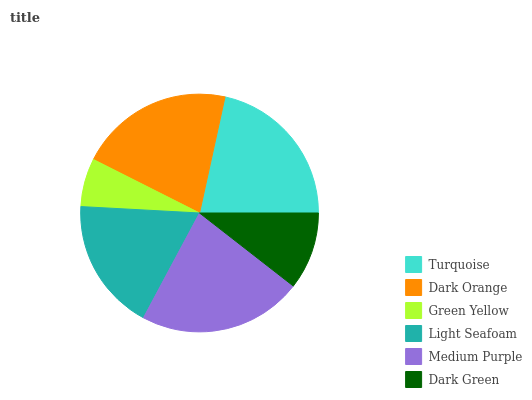
| Turquoise | Dark Orange | Green Yellow | Light Seafoam | Medium Purple | Dark Green |
 | --- | --- | --- | --- | --- | --- |
 | 21.5% | 21% | 6.58% | 18% | 22.3% | 10.5% |